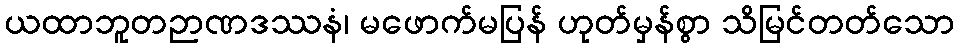
ယထာဘူတဉာဏဒဿနံ၊ မဖောက်မပြန် ဟုတ်မှန်စွာ သိမြင်တတ်သော